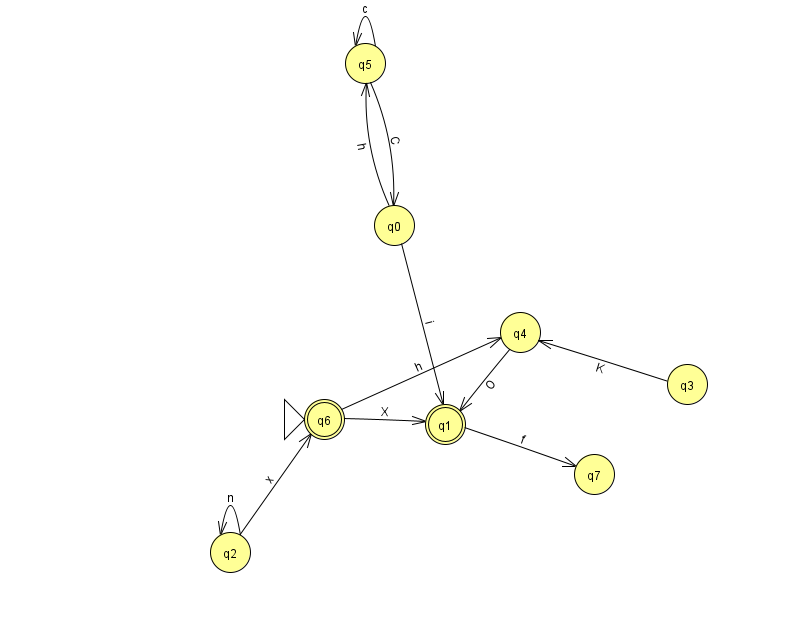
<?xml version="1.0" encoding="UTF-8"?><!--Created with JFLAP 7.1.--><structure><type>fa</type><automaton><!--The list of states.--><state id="0" name="q0"><x>394.0</x><y>212.0</y></state><state id="1" name="q1"><x>445.0</x><y>411.0</y><final/></state><state id="2" name="q2"><x>230.0</x><y>539.0</y></state><state id="3" name="q3"><x>687.0</x><y>371.0</y></state><state id="4" name="q4"><x>520.0</x><y>319.0</y></state><state id="5" name="q5"><x>365.0</x><y>50.0</y></state><state id="6" name="q6"><x>324.0</x><y>406.0</y><initial/><final/></state><state id="7" name="q7"><x>594.0</x><y>461.0</y></state><!--The list of transitions.--><transition><from>6</from><to>4</to><read>h</read></transition><transition><from>6</from><to>1</to><read>X</read></transition><transition><from>5</from><to>5</to><read>c</read></transition><transition><from>0</from><to>5</to><read>h</read></transition><transition><from>1</from><to>7</to><read>f</read></transition><transition><from>0</from><to>1</to><read>i</read></transition><transition><from>3</from><to>4</to><read>K</read></transition><transition><from>2</from><to>6</to><read>x</read></transition><transition><from>2</from><to>2</to><read>n</read></transition><transition><from>4</from><to>1</to><read>O</read></transition><transition><from>5</from><to>0</to><read>C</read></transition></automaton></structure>